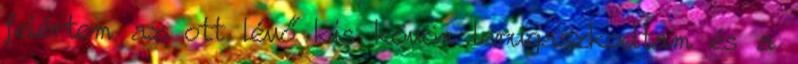
felértem az ott lévő kis kövön lerugaszkodtam és a